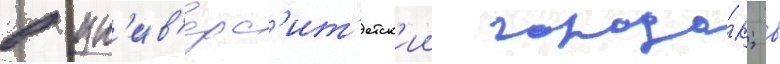
в ун'ив'ерс'ит'етск'ии городо́к; в